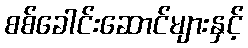
စစ်ခေါင်းဆောင်များနှင့်